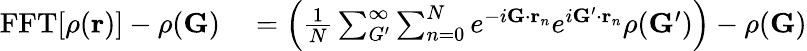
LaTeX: \begin{array}{rl}{\mathrm{FFT}[\rho(\mathbf{r})]-\rho(\mathbf{G})}&{{}=\Big(\frac{1}{N}\sum_{G^{\prime}}^{\infty}\sum_{n=0}^{N}e^{-i\mathbf{G}\cdot\mathbf{r}_{n}}e^{i\mathbf{G}^{\prime}\cdot\mathbf{r}_{n}}\rho(\mathbf{G}^{\prime})\Big)-\rho(\mathbf{G})}\end{array}